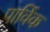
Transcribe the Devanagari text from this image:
पार्विक